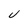
Character: U